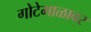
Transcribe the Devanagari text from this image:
गोटेमाळावर